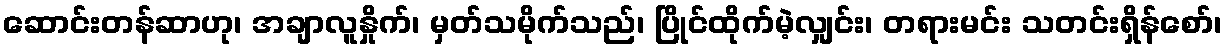
ဆောင်းတန်ဆာဟု၊ အချာလူနှိုက်၊ မှတ်သမိုက်သည်၊ ပြိုင်ထိုက်မဲ့လျှင်း၊ တရားမင်း သတင်းရှိန်စော်၊